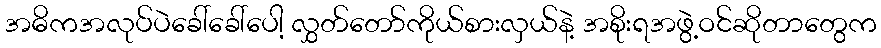
အဓိကအလုပ်ပဲခေါ်ခေါ်ပေါ့ လွှတ်တော်ကိုယ်စားလှယ်နဲ့ အစိုးရအဖွဲ့ဝင်ဆိုတာတွေက